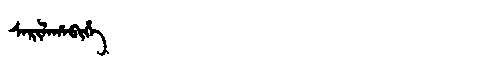
Manchu: ᠰᠠᡵᡳᠯᠠᡥᠠᠪᡳᡥᡝ
Romanization: SARILAHABIHE